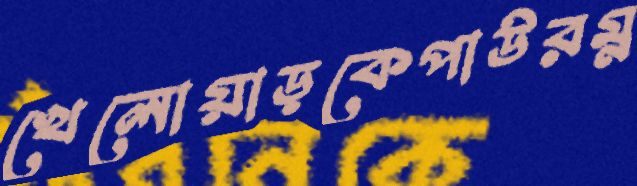
খেলোয়াড়কেপাউরম্ন